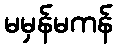
မမှန်မကန်